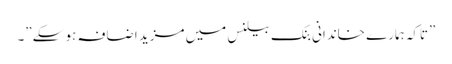
”تاکہ ہمارے خاندانی بنک بیلنس میں مزید اضافہ ہو سکے”۔